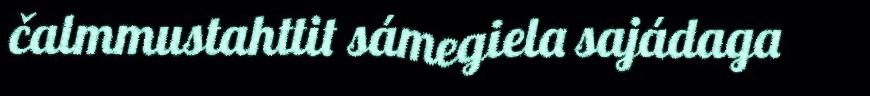
čalmmustahttit sámegiela sajádaga